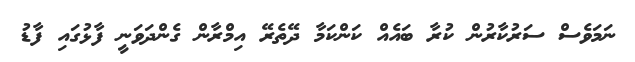
ނަމަވެސް ސަރުކާރުން ކުރާ ބައެއް ކަންކަމާ ދޭތެރޭ އިމްރާން ގެންދަވަނީ ފާޅުގައި ފާޑު